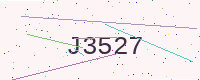
Text: J3527